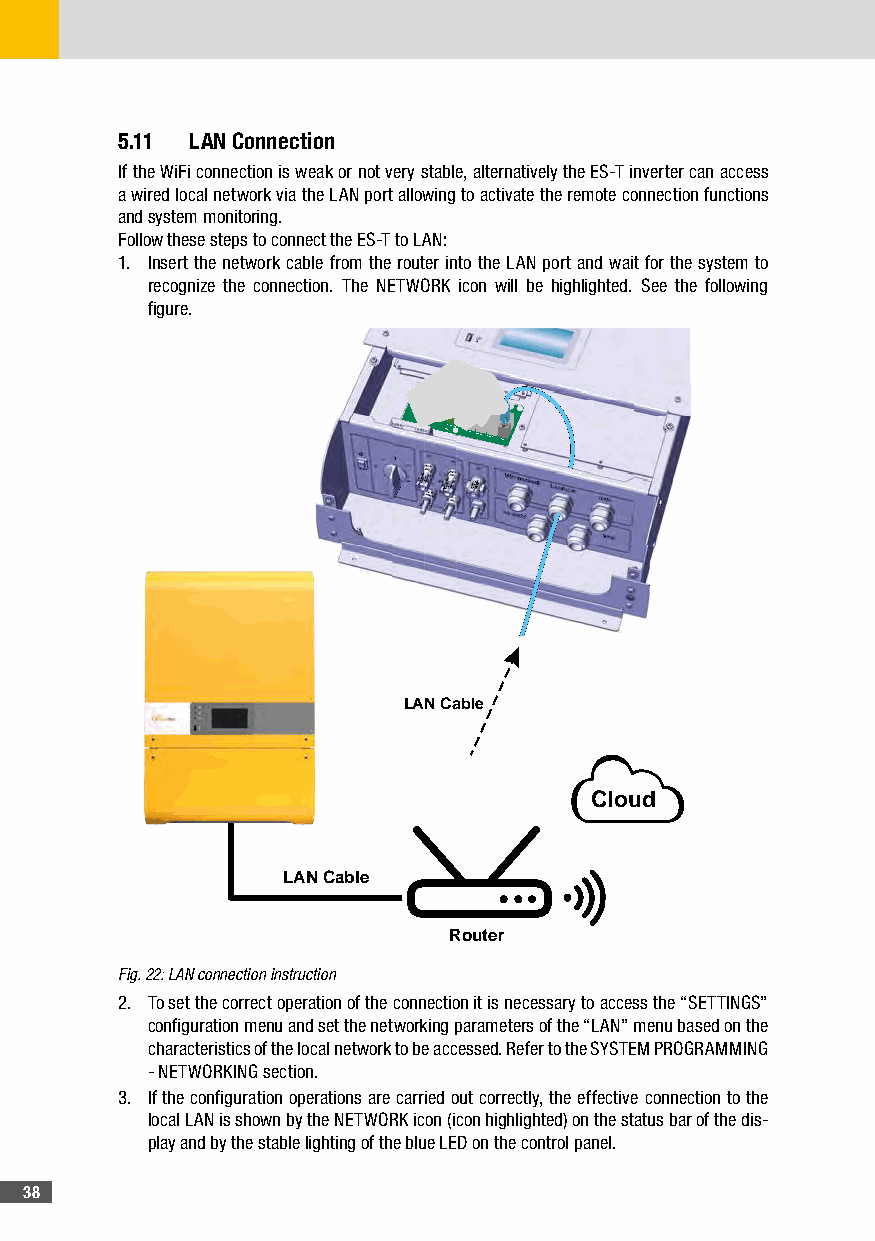
5�11 LAN Connection
 If the WiFi connection is weak or not very stable, alternatively the ES-T inverter can access
 a wired local network via the LAN port allowing to activate the remote connection functions
 and system monitoring.
 Follow these steps to connect the ES-T to LAN:
 1. Insert the network cable from the router into the LAN port and wait for the system to
 recognize the connection. The NETWORK icon will be highlighted. See the following
 figure.
 RLN4CNOCOM RS485CAN BATTCAN EXTLAN
 LAN Cable
 Cloud
 LAN Cable
 Router
 Fig. 22: LAN connection instruction
 2. To set the correct operation of the connection it is necessary to access the “SETTINGS”
 configuration menu and set the networking parameters of the “LAN” menu based on the
 characteristics of the local network to be accessed. Refer to the SYSTEM PROGRAMMING
 - NETWORKING section.
 3. If the configuration operations are carried out correctly, the effective connection to the
 local LAN is shown by the NETWORK icon (icon highlighted) on the status bar of the dis-
 play and by the stable lighting of the blue LED on the control panel.
 38